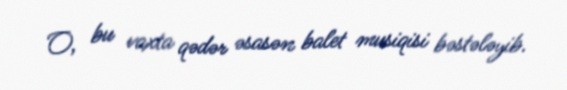
O, bu vaxta qədər əsasən balet musiqisi bəstələyib.